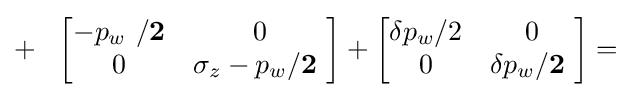
+\ \ \left[{\begin{matrix}-{p}_{w}\ /\mathbf {2} &0\\0&\sigma _{z}-{p}_{w}/\mathbf {2} \ \\\end{matrix}}\right]+\left[{\begin{matrix}\delta p_{w}/2&0\\0&\delta p_{w}/\mathbf {2} \ \\\end{matrix}}\right]=